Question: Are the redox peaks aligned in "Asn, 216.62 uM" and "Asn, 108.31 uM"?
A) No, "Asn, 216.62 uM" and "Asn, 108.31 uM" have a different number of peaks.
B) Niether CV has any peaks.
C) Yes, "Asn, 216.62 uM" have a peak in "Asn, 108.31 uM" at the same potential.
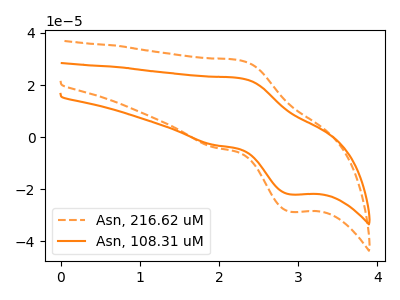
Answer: <think>The orange dashed curve "Asn, 216.62 uM" has an anodic peak at (2.25V, 29.55uA) and a cathodic peak at (2.90V, -28.70uA). The orange curve "Asn, 108.31 uM" has an anodic peak at (2.25V, 22.70uA) and a cathodic peak at (2.90V, -22.00uA).</think>
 <answer>C) Yes, "Asn, 216.62 uM" have a peak in "Asn, 108.31 uM" at the same potential.</answer>
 <eval>C</eval>